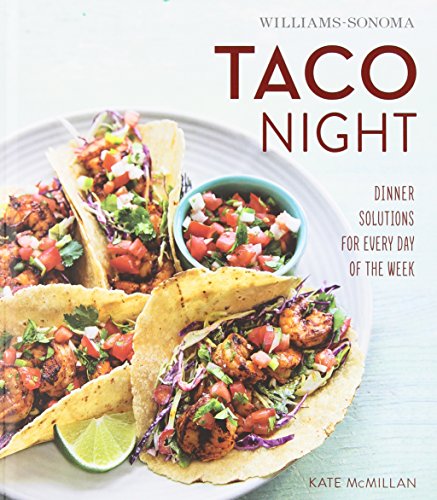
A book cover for Taco Night (Williams-Sonoma); Kate McMillan; Cookbooks, Food & Wine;